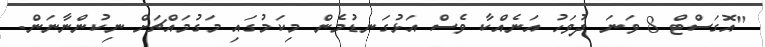
"އޮގަސްޓް 8 ވަނަ ދުވަހު އަނެއްކާ ވެސް އަޅުގަނޑުމެން މިކަމުގައި މަގުމައްޗަށް ނިކުންނާނަން.